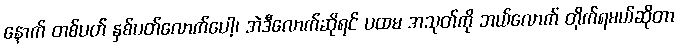
နောက် တစ်ပတ် နှစ်ပတ်လောက်ပေါ့၊ အဲဒီလောက်ဆိုရင် ပထမ အသုတ်ကို ဘယ်လောက် တိုက်ရမယ်ဆိုတာ